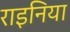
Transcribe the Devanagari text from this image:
राइनिया